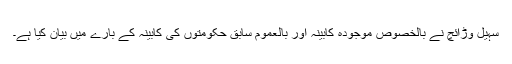
سہیل وڑائچ نے بالخصوص موجودہ کابینہ اور بالعموم سابق حکومتوں کی کابینہ کے بارے میں بیان کیا ہے۔